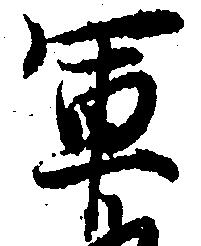
軍